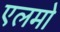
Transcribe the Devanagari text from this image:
एलमो